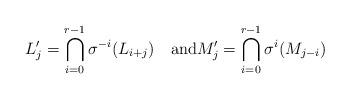
LaTeX: \begin{align*}L'_{j}=\bigcap_{i=0}^{r-1}\sigma^{-i}(L_{i+j}) \quad\mbox{and}M'_{j}= \bigcap_{i=0}^{r-1}\sigma^{i}(M_{j-i})\end{align*}